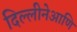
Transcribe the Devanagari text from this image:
दिल्लीनेआणि